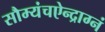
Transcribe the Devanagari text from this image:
सौम्यंचऐन्द्राग्नं